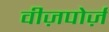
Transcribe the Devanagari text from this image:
वीज़पोर्ज़